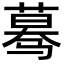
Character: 蓦